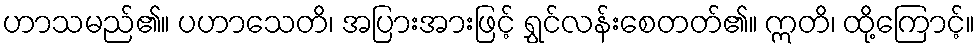
ဟာသမည်၏။ ပဟာသေတိ၊ အပြားအားဖြင့် ရွှင်လန်းစေတတ်၏။ ဣတိ၊ ထို့ကြောင့်။